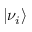
\left| \nu _ { i } \right\rangle